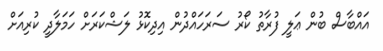
އައްބާސް ބުން ޢަލީ ފުރާތު ކޯރު ސަރަހައްދުން އިދިކޮޅު ލަޝްކަރަށް ހަމަލާދީ ކުރިއަށް